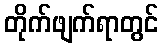
တိုက်ဖျက်ရာတွင်